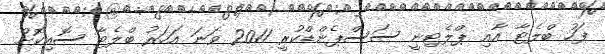
ފަހު ބްލެޓާ އާއި ޕްލެޓިނީ ސަސްޕެންޑްކުރީ 2011 ވަނަ އަހަރު ބްލެޓާ ސޮއިކޮށް